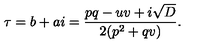
\tau = b + a i = \frac { p q - u v + i \sqrt { D } } { 2 ( p ^ { 2 } + q v ) } .